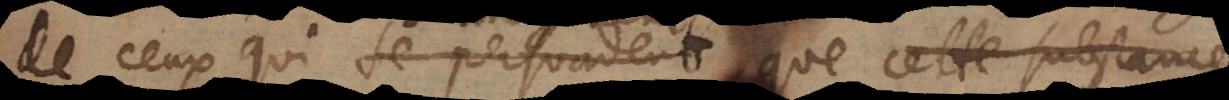
de ceux qui se persuadent que cette substance